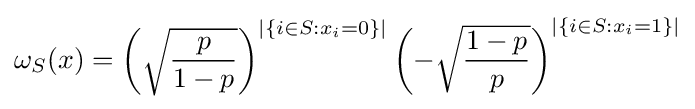
\omega _{S}(x)=\left({\sqrt {\frac {p}{1-p}}}\right)^{|\{i\in S:x_{i}=0\}|}\left(-{\sqrt {\frac {1-p}{p}}}\right)^{|\{i\in S:x_{i}=1\}|}